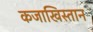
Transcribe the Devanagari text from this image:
कजाखिस्तान